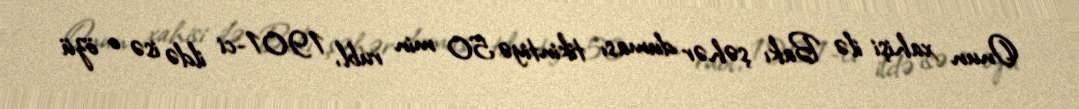
Onun xahişi ilə Bakı şəhər duması tikintiyə 50 min rubl, 1901-ci ildə isə o özü